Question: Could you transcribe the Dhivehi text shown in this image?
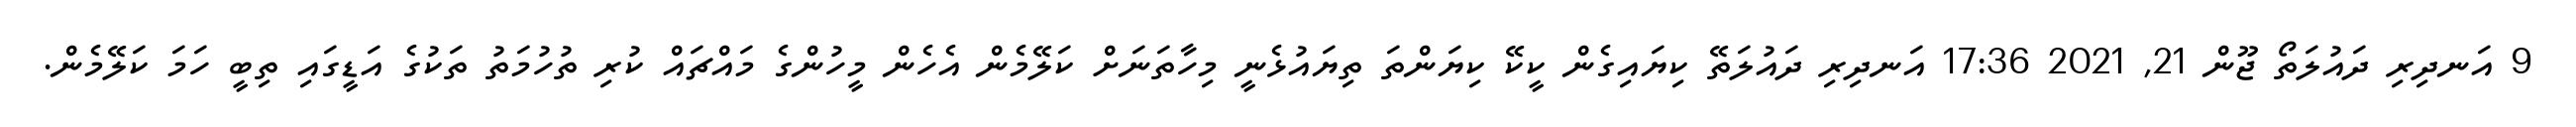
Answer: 9 އަނދިރި ދައުލަތޯ ޖޫން 21, 2021 17:36 އަނދިރި ދައުލަތޭ ކިޔައިގެން ކީކޭ ކިޔަންތަ ތިޔައުޅެނީ މިހާތަނަށް ކަލޭމެން އެހެން މީހުންގެ މައްޗައް ކުރި ތުހުމަތު ތަކުގެ އަޑީގައި ތިބީ ހަމަ ކަލޭމެން.